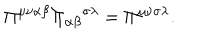
\Pi ^ { \mu \nu \alpha \beta } { \Pi _ { \alpha \beta } } ^ { \sigma \lambda } = \Pi ^ { \mu \nu \sigma \lambda } .